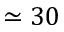
\simeq 3 0